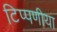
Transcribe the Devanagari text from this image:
टिप्पणीया